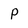
Character: P